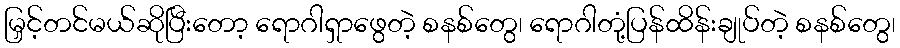
မြှင့်တင်မယ်ဆိုပြီးတော့ ရောဂါရှာဖွေတဲ့ စနစ်တွေ၊ ရောဂါတုံ့ပြန်ထိန်းချုပ်တဲ့ စနစ်တွေ၊